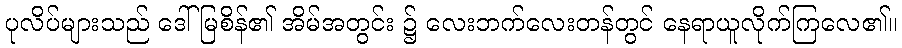
ပုလိပ်များသည် ဒေါ်မြစိန်၏ အိမ်အတွင်း ၌ လေးဘက်လေးတန်တွင် နေရာယူလိုက်ကြလေ၏။